Indian journal of veterinary science and animal husbandry - Volumes 15-17, 1948-1951
Year: 1948
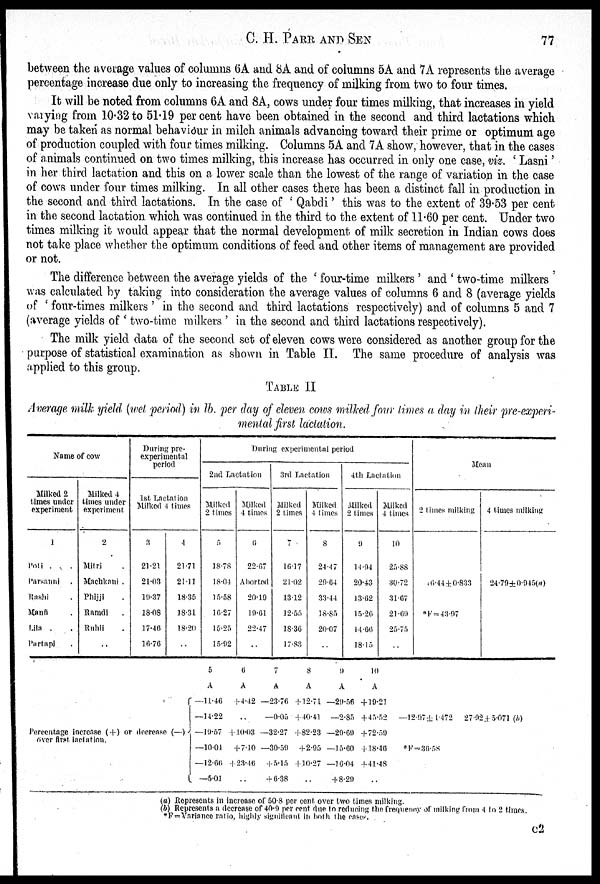
C.
H.
PARR
AND
SEN
77
between the average values of columns 6A and 8A and of columns 5A and 7A represents the average
percentage increase due only to increasing the frequency of milking from two to four times.
It will be noted from columns 6A and 8A, cows under four times milking, that increases in yield
varying from 10.32 to 51.19 per cent have been obtained in the second and third lactations which
may be taken as normal behaviour in milch animals advancing toward their prime or optimum age
of production coupled with four times milking. Columns 5A and 7A show, however, that in the cases
of animals continued on two times milking, this increase has occurred in only one case, viz. 'Lasni'
in her third lactation and this on a lower scale than the lowest of the range of variation in the case
of cows under four times milking. In all other cases there has been a distinct fall in production in
the second and third lactations. In the case of 'Qabdi' this was to the extent of 39.53 per cent
in the second lactation which was continued in the third to the extent of 11.60 per cent. Under two
times milking it would appear that the normal development of milk secretion in Indian cows does
not take place whether the optimum conditions of feed and other items of management are provided
or not.
The difference between the average yields of the 'four-time milkers' and 'two-time milkers
was calculated by taking into consideration the average values of columns 6 and 8 (average yields
of 'four-times milkers' in the second and third lactations respectively) and of columns 5 and 7
(average yields of 'two-time milkers' in the second and third lactations respectively).
The milk yield data of the second set of eleven cows were considered as another group for the
purpose of statistical examination as shown in Table II. The same procedure of analysis was
applied to this group.
TABLE II
Average milk yield (wet period) in lb. per day of eleven cows milked four times a day in their pre-experi-
mental first lactation.
Name of cow
Milked 2
times under
experiment
1
Poli . .
Parsanni
Rashi
Manfi
Lila .
Partapi
Milked 4
times under
experiment
2
Mitri
Machkani .
Phijji
Ramdi
Rahil
..
During pre-
experimental
period
1st Lactation
Milked 4 times
3
21.21
21.03
19.37
18.08
17.46
16.76
4
21.71
21.11
18.35
18.31
18.20
..
During experimental period
2nd Lactation
Milked
2 times
5
18.78
18.04
15.58
16.27
15.25
15.92
Milked
4 times
6
22.67
Aborted
20.19
19.61
22.47
..
3rd Lactation
Milked
2 times
7
16.17
21.02
13.12
12.55
18.36
17.83
Milked
4 times
8
24.47
29.64
33.44
18.85
20.07
..
4th Lactation
Milked
2 times
9
14.94
20.43
13.62
15.26
14.66
18.15
Milked
4 times
10
25.88
30.72
31.67
21.69
25.75
..
Mean
2 times milking
16.44±0.833
*F=43.97
4 times milking
24.70±0.945(a)
Percentage increase (+) or decrease (—)
over first lactation.{
5
A
—11.40
—14.22
—19.57
—10.01
—12.66
—5.01
6
A
+4.42
..
+10.03
+ 7.10
+ 23.46
..
7
A
—23.76
—0.05
—32.27
—30.59
+5.15
+6.38
8
A
+ 12.71
+ 40.41
+ 82.23
+ 2.95
+ 10.27
..
9
A
—29.56
—2.85
—29.69
—15.60
—16.04
+ 8.29
10
A
+ 19.21
+ 45.52
+ 72.59
+ 18.46
+ 41.48
..
—12.97 ± 1.472
*F=36.58
27.92 ± 5.071 (b)
(a) Represents in increase of 50.8 per cent over two times milking.
(b) Represents a decrease of 40.9 per cent due to reducing the frequency of milking from 4 to 2 times.
*F=Variance ratio, highly significant in both the cases.
C2